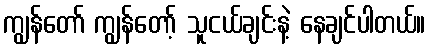
ကျွန်တော် ကျွန်တော့် သူငယ်ချင်းနဲ့ နေချင်ပါတယ်။